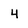
Character: 4